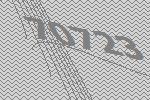
70723